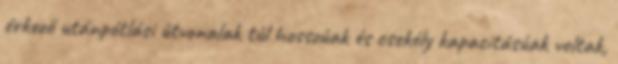
érkező utánpótlási útvonalak túl hosszúak és csekély kapacitásúak voltak,